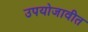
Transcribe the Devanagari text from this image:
उपयोजावीत